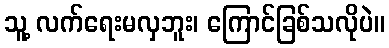
သူ့ လက်ရေးမလှဘူး၊ ကြောင်ခြစ်သလိုပဲ။